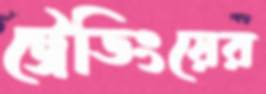
ট্রেডিংয়ের